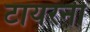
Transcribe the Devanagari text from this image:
टायरनी